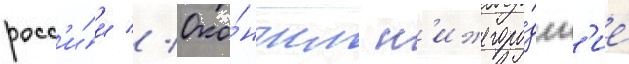
росс'и́и // Око́нчил н'ижегоро́дск'ие